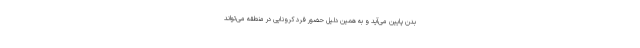
بدن پایین می‌آید و به همین دلیل حضور فرد کرونایی در منطقه می‌تواند